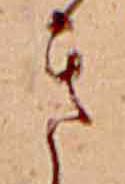
き